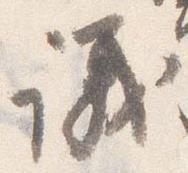
議